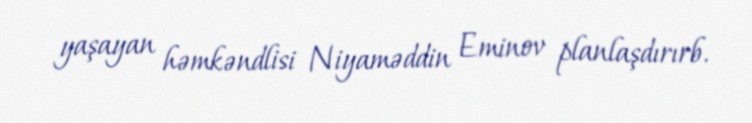
yaşayan həmkəndlisi Niyaməddin Eminov planlaşdırırb.